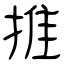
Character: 推